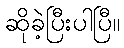
ဆိုခဲ့ပြီးပါပြီ။